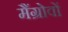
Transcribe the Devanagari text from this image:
मैंग्रोवों